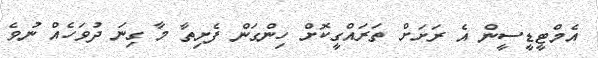
އެމްޓީޑީސީން އެ ރަށަށް ތަރައްގީކޮށް ހިންގަން ފެށިތާ މާ ގިނަ ދުވަހެއް ނުވެ